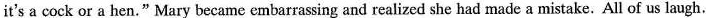
it's a cock or a hen." Mary became embarrassing and realized she had made a mistake. All of us laugh.